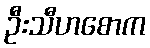
ဦးသီဟစောက